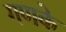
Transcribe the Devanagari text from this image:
गणके